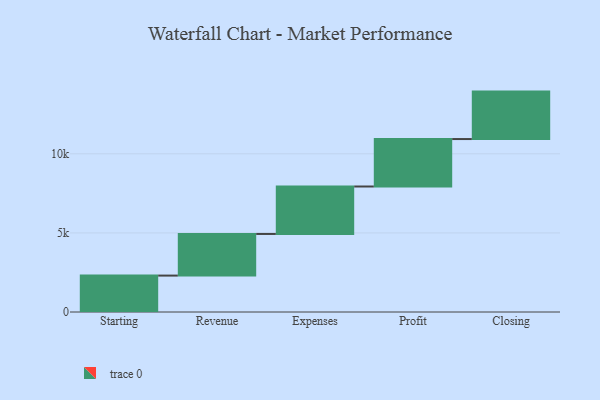
{"axis": {"x": "Step", "y": "Value"}, "legend": [""], "data": [{"x": "Starting", "y": 2302.0, "type": ""}, {"x": "Revenue", "y": 2632.0, "type": ""}, {"x": "Expenses", "y": 3000, "type": ""}, {"x": "Profit", "y": 3000, "type": ""}, {"x": "Closing", "y": 3000, "type": ""}]}